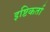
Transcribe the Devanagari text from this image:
इष्टिकर्ता